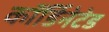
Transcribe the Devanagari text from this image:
कॉर्डिनेटेड